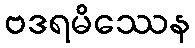
ဗဒရမိဿေန